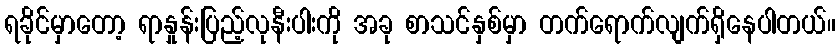
ရခိုင်မှာတော့ ရာနှုန်းပြည့်လုနီးပါးကို အခု စာသင်နှစ်မှာ တက်ရောက်လျက်ရှိနေပါတယ်။